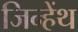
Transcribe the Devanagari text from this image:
जिन्हेंथ